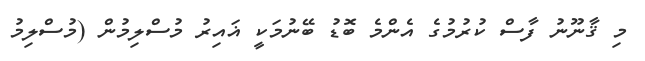
މި ޤާނޫނު ފާސް ކުރުމުގެ އެންމެ ބޮޑު ބޭނުމަކީ ޣައިރު މުސްލިމުން (މުސްލިމު